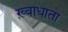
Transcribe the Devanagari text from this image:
ख़्वाधाता